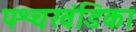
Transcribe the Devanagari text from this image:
पश्चखंडिका